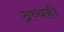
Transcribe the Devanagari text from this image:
द्रव्यही